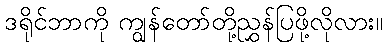
ဒရိုင်ဘာကို ကျွန်တော်တို့ညွှန်ပြဖို့လိုလား။